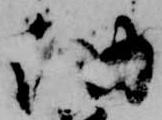
納